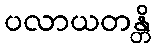
ပလာယတန္တိ